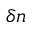
\delta n